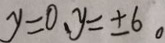
y = 0 、 y = \pm 6 。